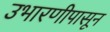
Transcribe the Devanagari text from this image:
उभारणीपासून